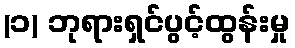
(၁) ဘုရားရှင်ပွင့်ထွန်းမှု